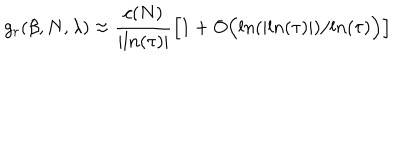
g _ { r } ( \beta , N , \lambda ) \approx \frac { c ( N ) } { \vert l n ( \tau ) \vert } \Big [ 1 + O \Big ( l n ( \vert l n ( \tau ) \vert ) / l n ( \tau ) \Big ) \Big ]